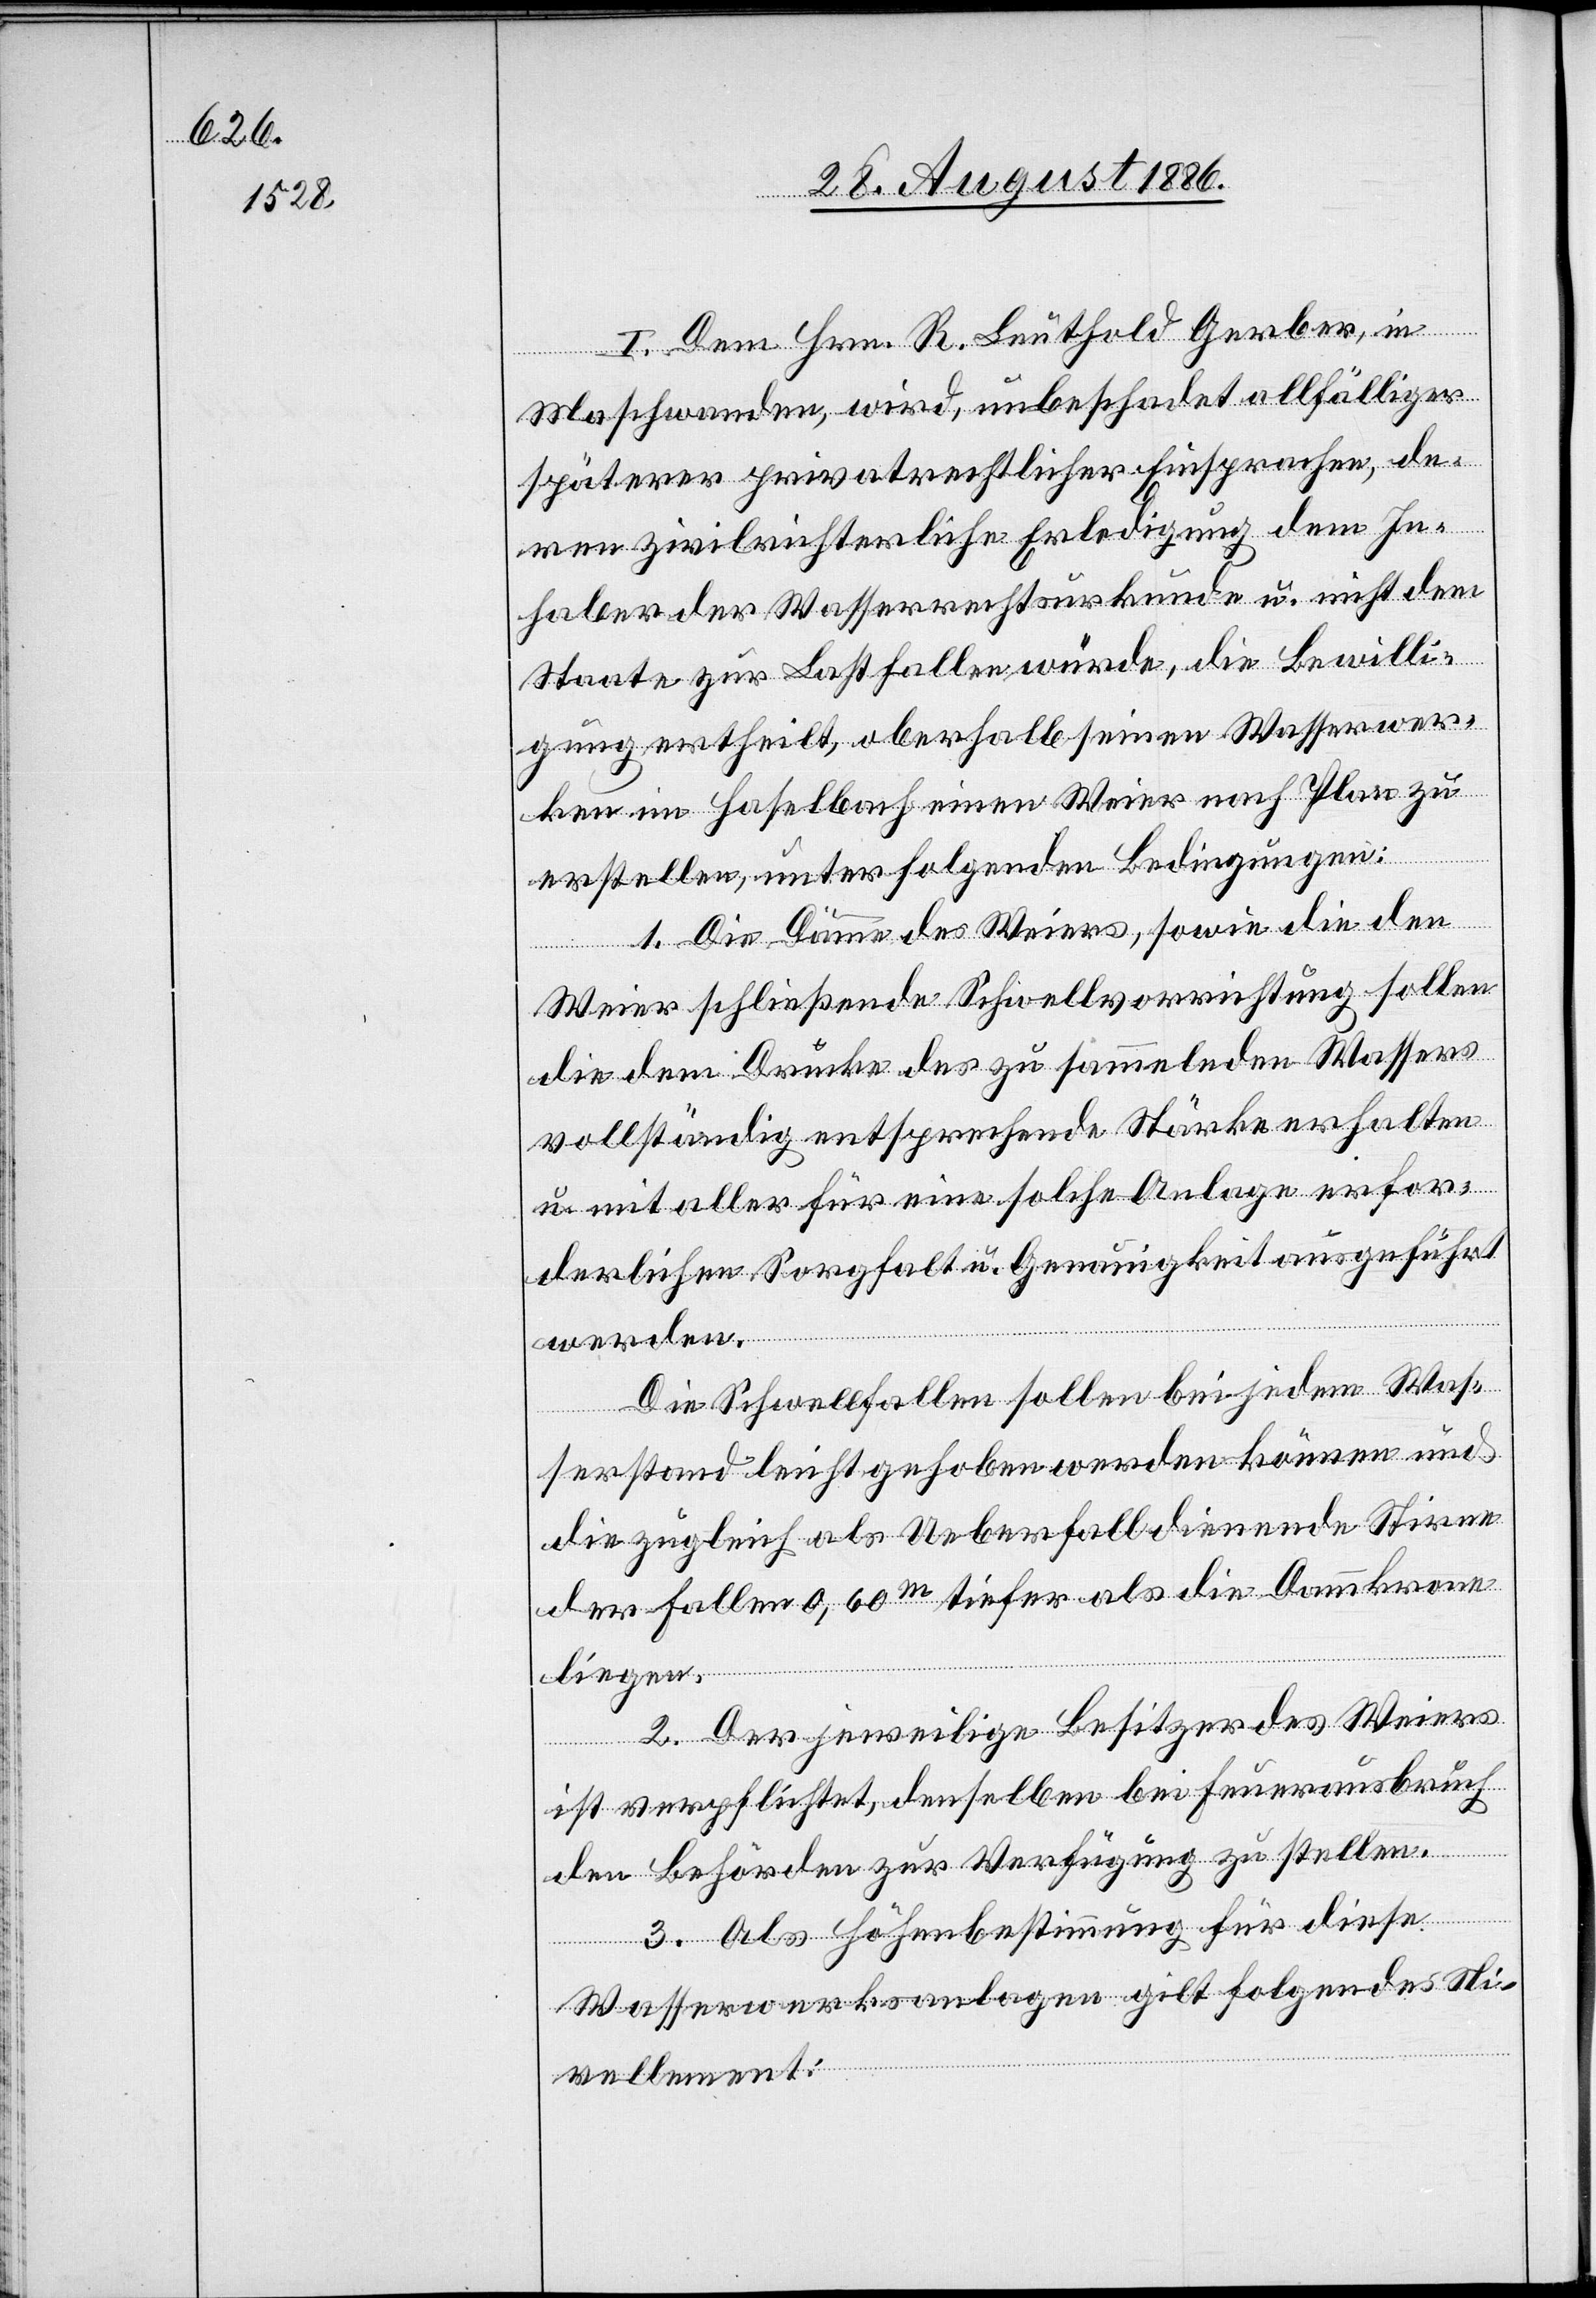
I. Dem Hrn. R. Leuthold Gerber, in
Maschwanden, wird, unbeschadet allfälliger
späterer privatrechtlicher Einsprachen, de¬
ren zivilrichterliche Erledigung dem In¬
haber der Wasserrechtsurkunde u. nicht dem
Staate zur Last fallen würde, die Bewilli¬
gung ertheilt, oberhalb seinen Wasserwer¬
ken im Haselbach einen Weier nach Plan zu
erstellen, unter folgenden Bedingungen:
1. Die Dämme des Weiers, sowie die den
Weier schließende Schwellvorrichtung sollen
die dem Drucke des zu sammelnden Wassers
vollständig entsprechende Stärke erhalten
u. mit aller für eine solche Anlage erfor¬
derlichen Sorgfalt u. Genauigkeit ausgeführt
Die Schwellfallen sollen bei jedem Was¬
serstand leicht gehoben werden können und
die zugleich als Ueberfall dienende Stirne
der Fallen 0,60m tiefer als die Dammkrone
liegen.
2. Der jeweilige Besitzer des Weiers
ist verpflichtet, denselben bei Feuerausbruch
werden.
den Behörden zur Verfügung zu stellen.
3. Als Höhenbestimmung für diese
Wasserwerksanlagen gilt folgendes Ni¬
vellement: